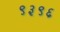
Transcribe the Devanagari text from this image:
९३९६